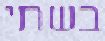
בשתי